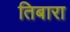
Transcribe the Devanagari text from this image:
तिबारा